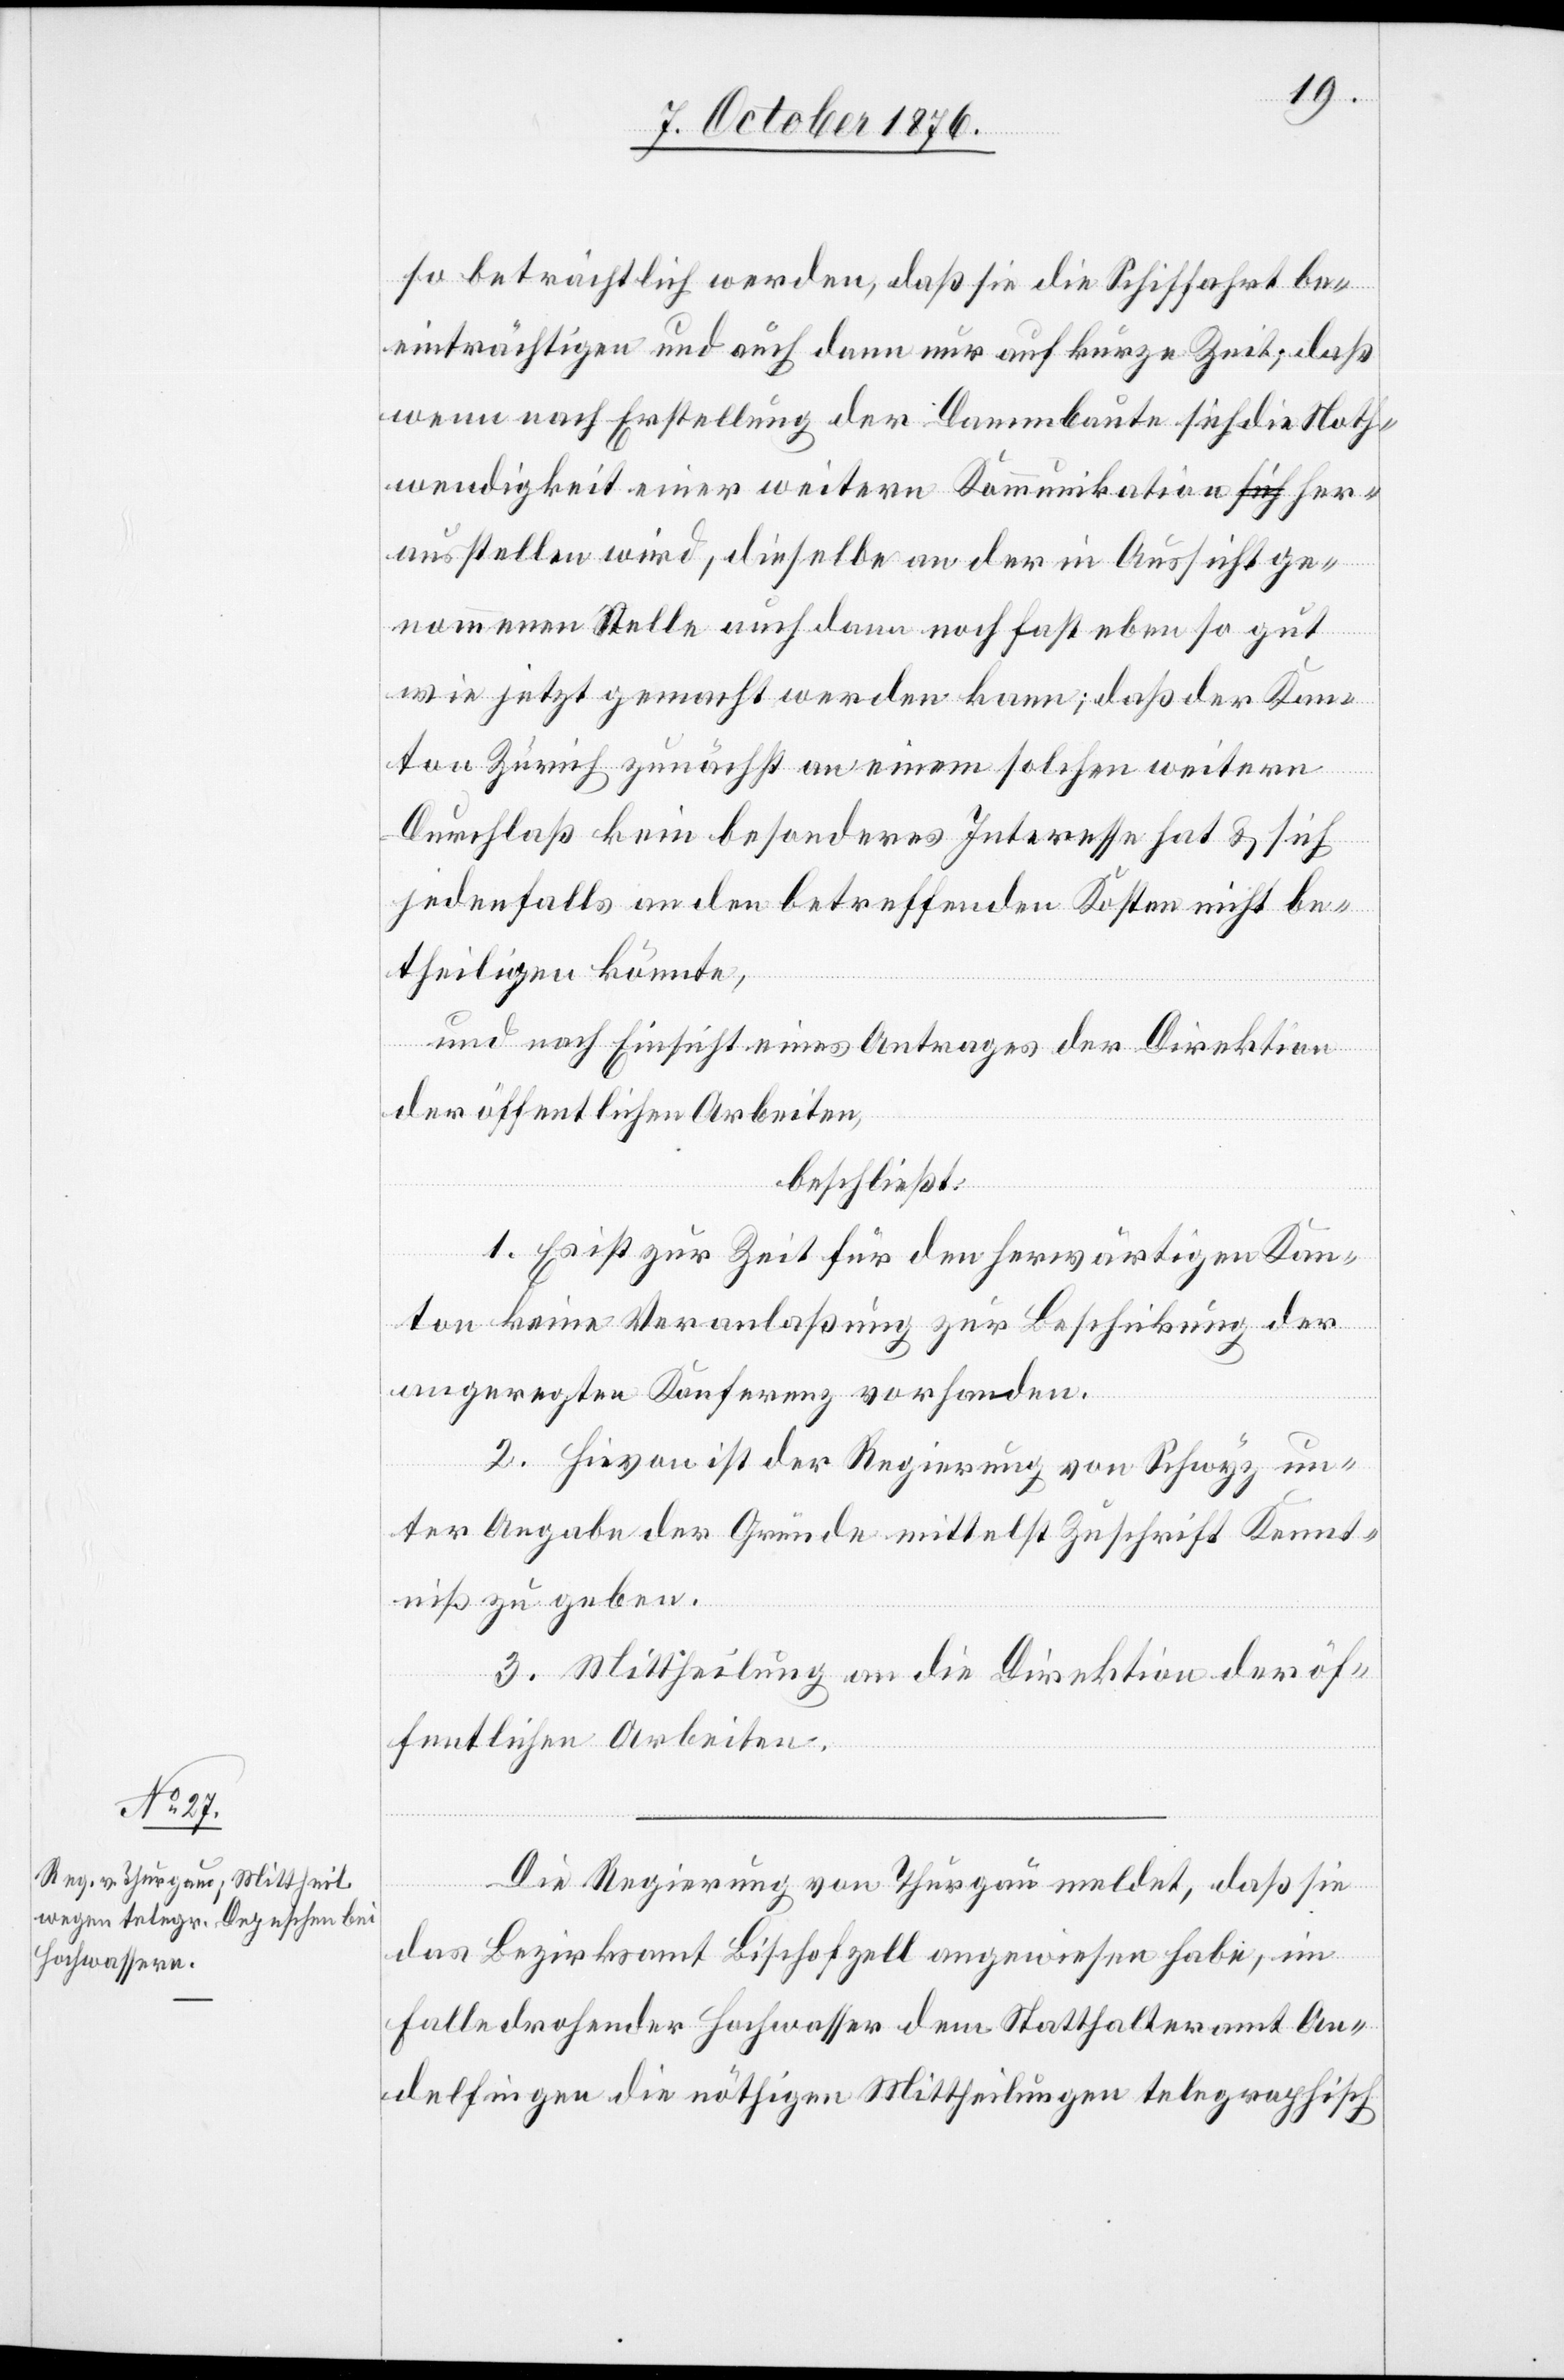
so beträchtlich werden, daß sie die Schiffahrt be¬
einträchtigen und auch dann nur auf kurze Zeit; daß
wenn nach Erstellung der Dammbaute sich die Noth¬
wendigkeit einer weitern Kommunikation her¬
ausstellen wird, dieselbe an der in Aussicht ge¬
nommenen Stelle auch dann noch fast eben so gut
wie jetzt gemacht werden kann; daß der Kan¬
ton Zürich zunächst an einem solchen weitern
Durchlaß kein besonderes Interesse hat & sich
jedenfalls an den betreffenden Kosten nicht be¬
theiligen könnte,
und nach Einsicht eines Antrages der Direktion
der öffentlichen Arbeiten,
beschließt:
1. Es ist zur Zeit für den herwärtigen Kan¬
ton keine Veranlaßung zur Beschickung der
angeregten Konferenz vorhanden.
2. Hievon ist der Regierung von Schwyz un¬
ter Angabe der Gründe mittelst Zuschrift Kennt¬
niß zu geben.
3. Mittheilung an die Direktion der öf¬
fentlichen Arbeiten.
Die Regierung von Thurgau meldet, daß sie
das Bezirksamt Bischofzell [sic!] angewiesen habe, im
Falle drohender Hochwasser dem Statthalteramt An¬
delfingen die nöthigen Mittheilungen telegraphisch